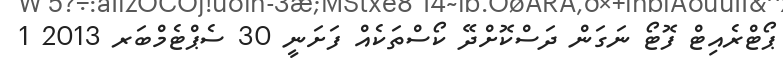
ޕޯޓްރެއިޓް ފޮޓޯ ނަގަން ދަސްކޮށްދޭ ކޯސްތަކެއް ފަށަނީ 30 ސެޕްޓެމްބަރ 2013 1